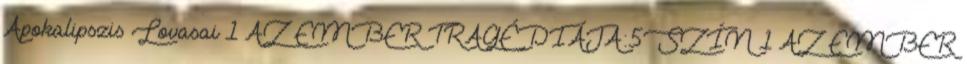
Apokalipszis Lovasai 1 AZ EMBER TRAGÉDIÁJA:5SZÍN 1 AZ EMBER